Annual administration report of the Civil Veterinary Department of India - 1894-1895
Year: 1894
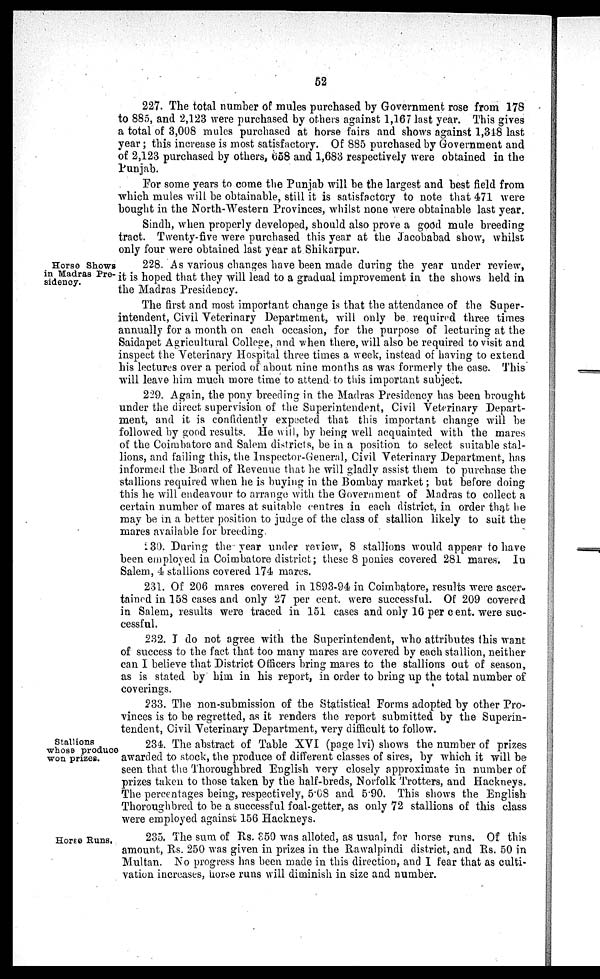
52
227. The total number of mules purchased by Government rose from 178
to 885, and 2,123 were purchased by others against 1,167 last year. This gives
a total of 3,008 mules purchased at horse fairs and shows against 1,348 last
year; this increase is most satisfactory. Of 885 purchased by Government and
of 2,123 purchased by others, 658 and 1,683 respectively were obtained in the
Punjab.
For some years to come the Punjab will be the largest and best field from
which mules will be obtainable, still it is satisfactory to note that 471 were
bought in the North-Western Provinces, whilst none were obtainable last year.
Sindh, when properly developed, should also prove a good mule breeding
tract. Twenty-five were purchased this year at the Jacobabad show, whilst
only four were obtained last year at Shikarpur.
Horse Shows
in Madras Pre-
sidency.
228 As various changes have been made during the year under review,
it is hoped that they will lead to a gradual improvement in the shows held in
the Madras Presidency.
The first and most important change is that the attendance of the Super-
intendent, Civil Veterinary Department, will only be required three times
annually for a month on each occasion, for the purpose of lecturing at the
Saidapet Agricultural College, and when there, will also be required to visit and
inspect the Veterinary Hospital three times a week, instead of having to extend
his lectures over a period of about nine months as was formerly the case. This
will leave him much more time to attend to this important subject.
229. Again, the pony breeding in the Madras Presidency has been brought
under the direct supervision of the Superintendent, Civil Veterinary Depart-
ment, and it is confidently expected that this important change will be
followed by good results. He will, by being well acquainted with the mares
of the Coimbatore and Salem districts, be in a position to select suitable stal-
lions, and failing this, the Inspector-General, Civil Veterinary Department, has
informed the Board of Revenue that he will gladly assist them to purchase the
stallions required when he is buying in the Bombay market; but before doing
this he will endeavour to arrange with the Government of Madras to collect a
certain number of mares at suitable centres in each district, in order that he
may be in a better position to judge of the class of stallion likely to suit the
mares available for breeding.
230. During the year under review, 8 stallions would appear to have
been employed in Coimbatore district; these 8 ponies covered 281 mares. In
Salem, 4 stallions covered 174 mares.
231. Of 206 mares covered in 1893-94 in Coimbatore, results were ascer-
tained in 158 cases and only 27 per cent. were successful. Of 209 covered
in Salem, results were traced in 151 cases and only 16 per cent. were suc-
cessful.
232. I do not agree with the Superintendent, who attributes this want
of success to the fact that too many mares are covered by each stallion, neither
can I believe that District Officers bring mares to the stallions out of season,
as is stated by him in his report, in order to bring up the total number of
coverings.
233. The non-submission of the Statistical Forms adopted by other Pro-
vinces is to be regretted, as it renders the report submitted by the Superin-
tendent, Civil Veterinary Department, very difficult to follow.
Stallions
whose produce
won prizes.
234. The abstract of Table XVI (page lvi) shows the number of prizes
awarded to stock, the produce of different classes of sires, by which it will be
seen that the Thoroughbred English very closely approximate in number of
prizes taken to those taken by the half-breds, Norfolk Trotters, and Hackneys.
The percentages being, respectively, 5.08 and 5.90. This shows the English
Thoroughbred to be a successful foal-getter, as only 72 stallions of this class
were employed against 156 Hackneys.
Horse Runs,
235. The sum of Rs. 350 was alloted, as usual, for horse runs. Of this
amount, Rs. 250 was given in prizes in the Rawalpindi district, and Rs. 50 in
Multan. No progress has been made in this direction, and I fear that as culti-
vation increases, horse runs will diminish in size and number.